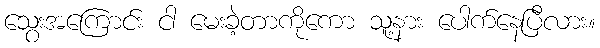
သွေးအကြောင်း ငါ မေးခဲ့တာကိုကော သူ့နား ပေါက်နေပြီလား။